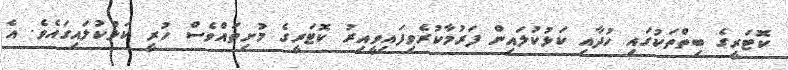
ކޮޓަރީގެ ބިތްތަކުގައި ހުދާއި ކަޅުކުލައިން ފަރުމާކުރެވިފައިވީއިރު ކޮޓަރީގެ މުށިތައްވެސް ހުރީ ކަޅުކުލައިގައެވެ. އެ